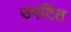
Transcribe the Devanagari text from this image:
उपटित